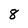
Character: 8